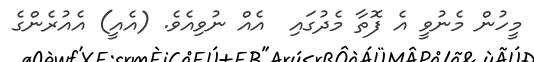
މީހުން މެނުވީ އެ ފޮތާ މެދުގައި  އެއް ނުވިއެވެ. (އެއީ) އެއުރެންގެ